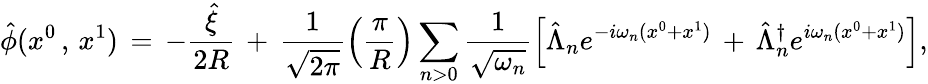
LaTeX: \hat{\phi}(x^{0}\, ,\, x^{1})\, =\, -\frac{\hat{\xi}}{2R}\, +\, \frac{1}{\sqrt{2\pi}}\left(\frac{\pi}{R}\right)\sum_{n>0}\frac{1}{\sqrt{\omega_{n}}}\left[\hat{\Lambda}_{n}e^{-i\omega_{n}(x^{0}+x^{1})}\, +\, \hat{\Lambda}_{n}^{\dagger}e^{i\omega_{n}(x^{0}+x^{1})}\right],